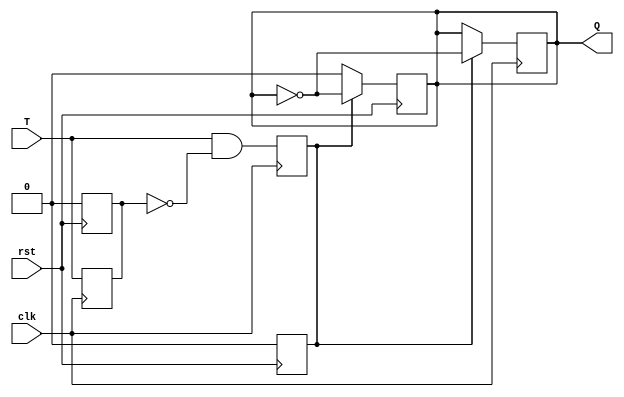
`timescale 1ns / 1ps

module TFF_oneshot(clk, rst, T, Q);

input T, clk, rst;
reg T_reg, T_trig;
output reg Q;

always @(negedge rst) begin
    if(!rst) begin
        Q <= 1'b0;
        T_reg <= 1'b0;
        T_trig <= 1'b0;
            if(T_trig)
        Q <= ~Q;
    end
end

always @(posedge clk) begin
    T_reg <= T;
    T_trig <= T & ~T_reg;
        if(T_trig)
            Q<= ~Q;
    end
    
endmodule